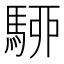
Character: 駵